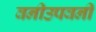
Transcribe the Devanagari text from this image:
वनीउपवनीं